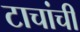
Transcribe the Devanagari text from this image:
टाचांची